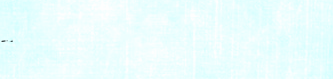
Sunset Blvd